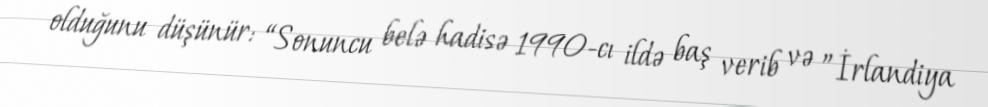
olduğunu düşünür: “Sonuncu belə hadisə 1990-cı ildə baş verib və ”İrlandiya